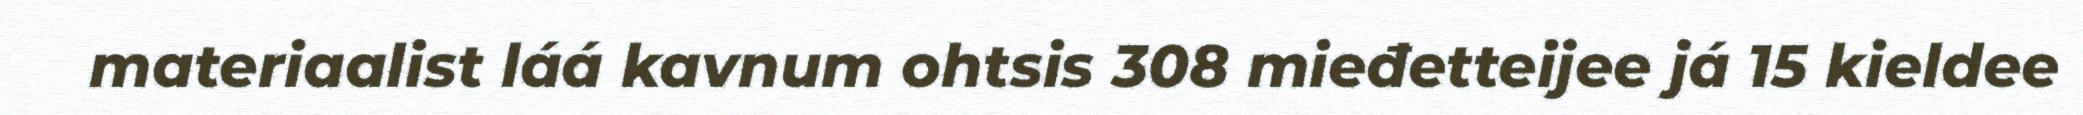
materiaalist láá kavnum ohtsis 308 mieđetteijee já 15 kieldee